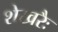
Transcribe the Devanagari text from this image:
शेखरैः